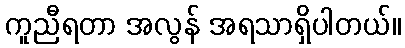
ကူညီရတာ အလွန် အရသာရှိပါတယ်။